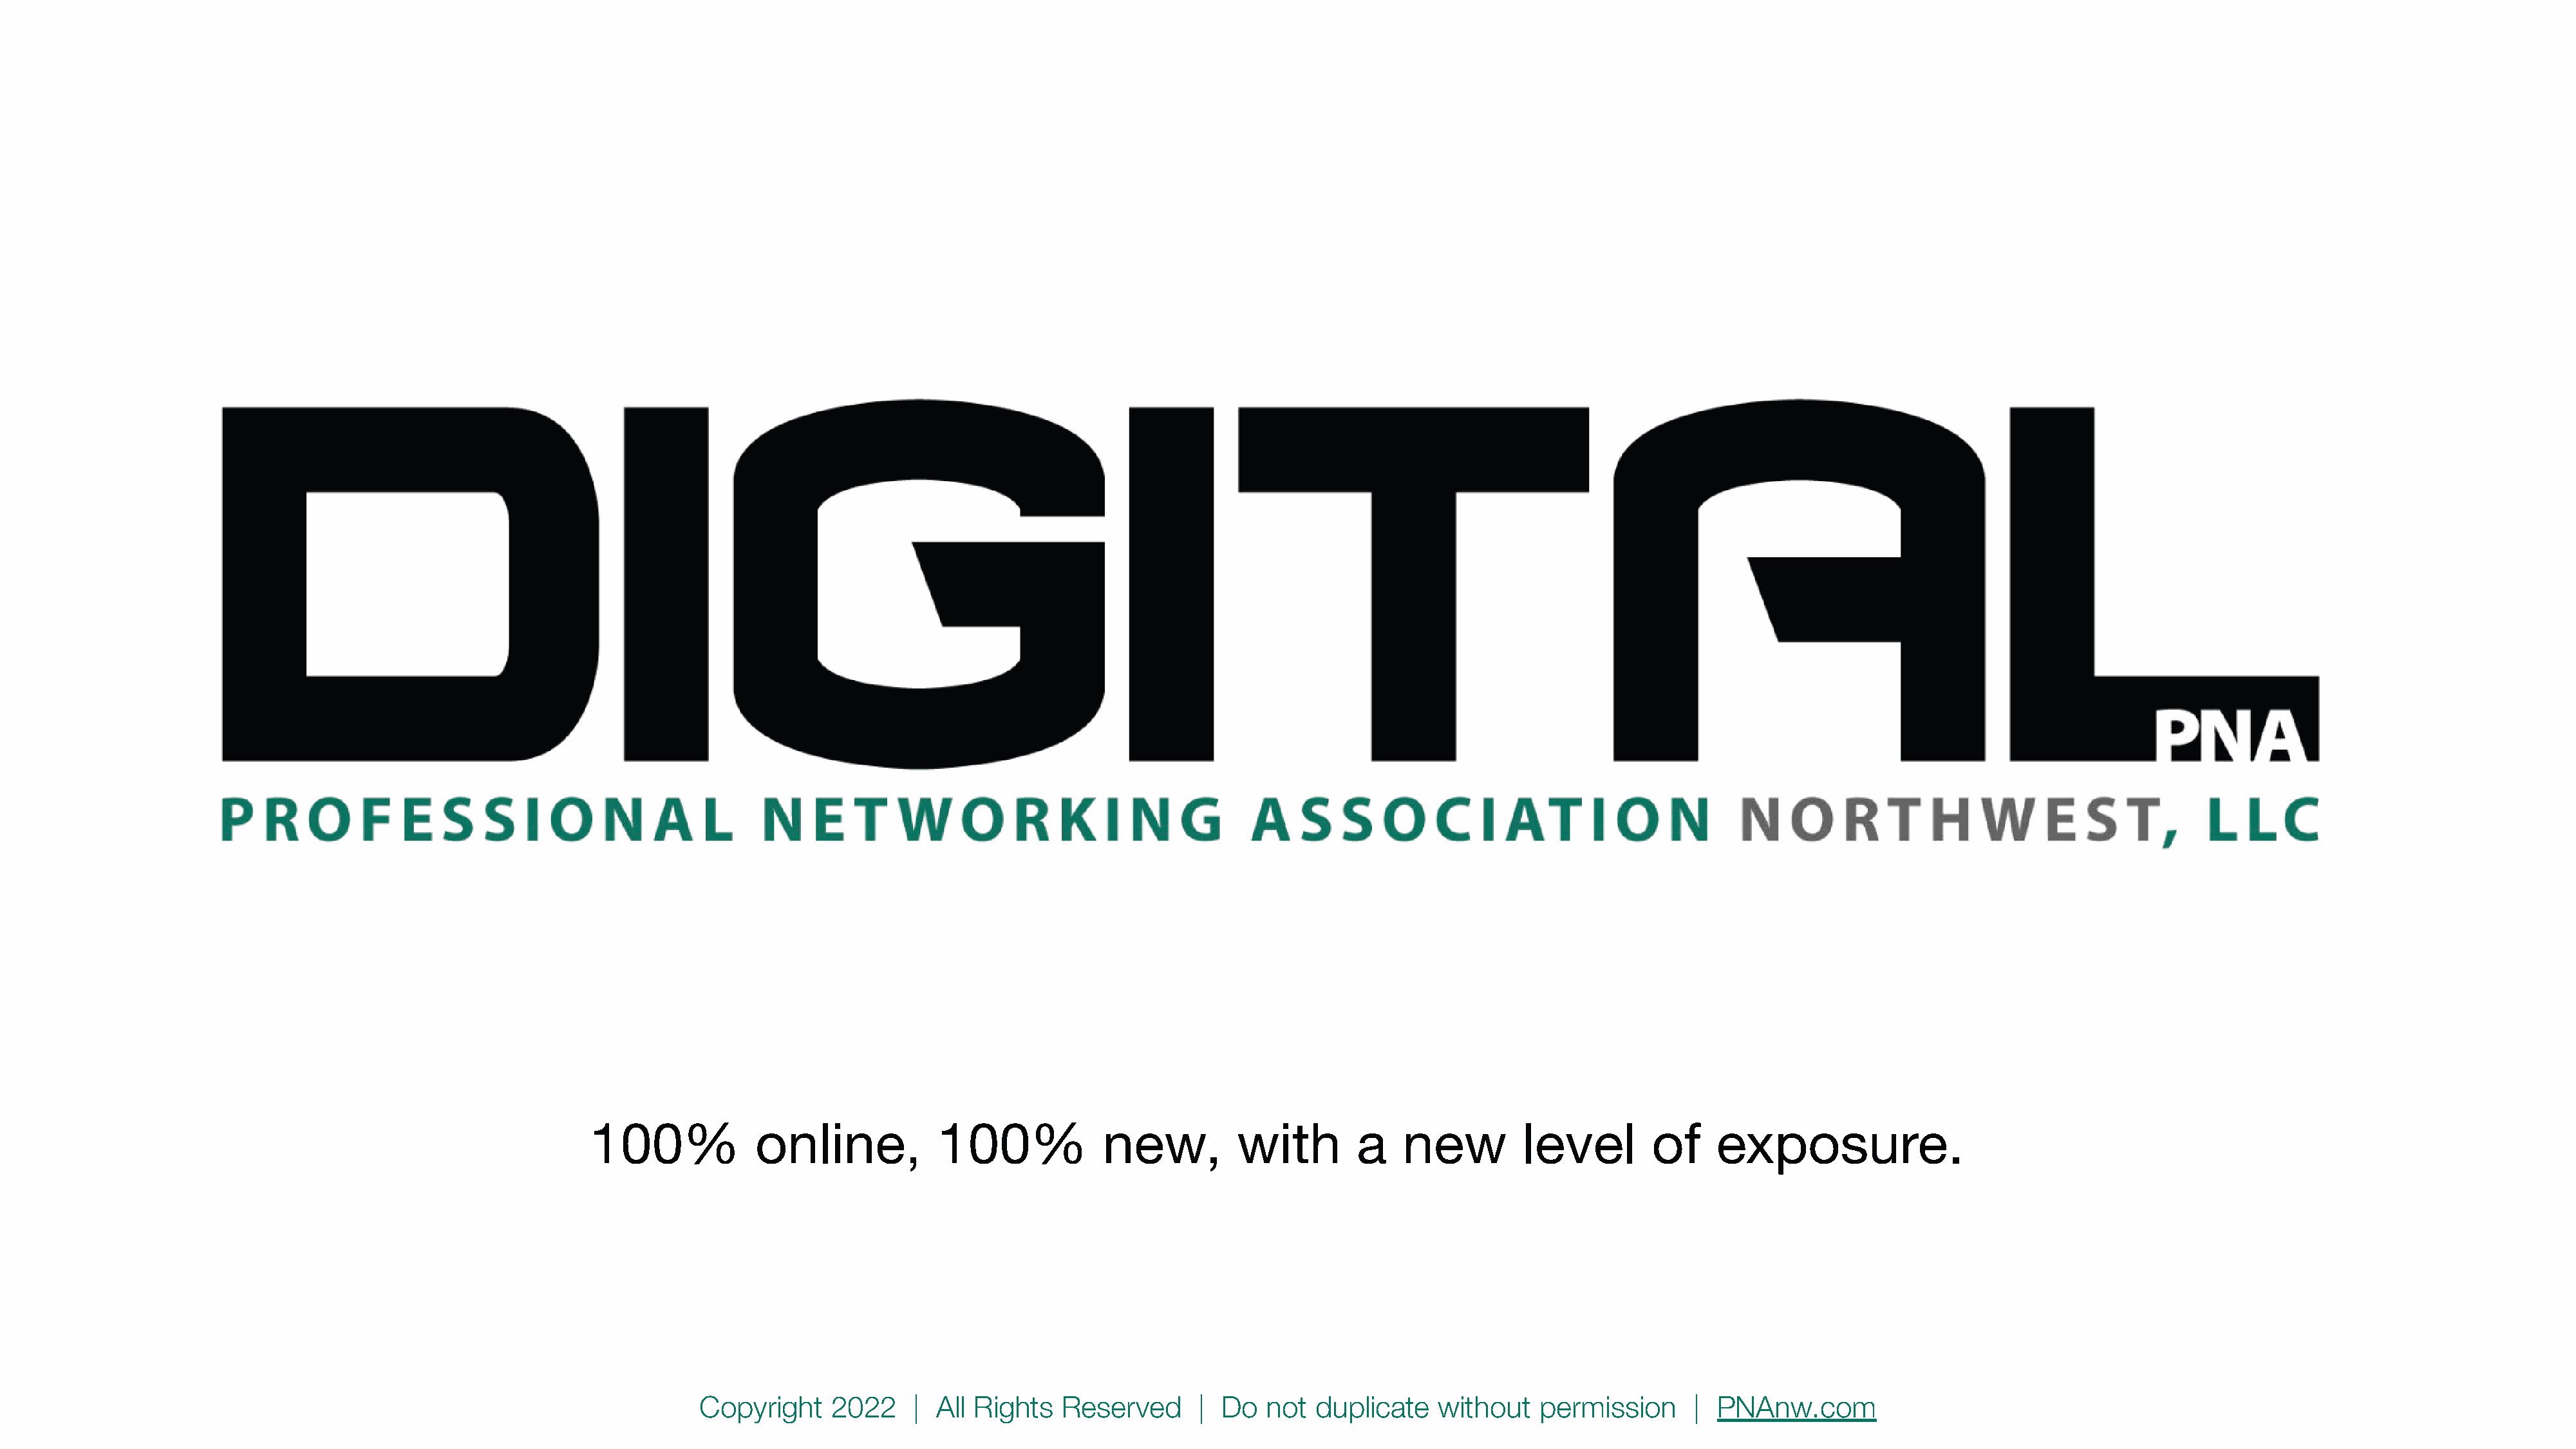
100%             online,           100%             new,          with        a    new          level        of    exposure.
 Copyright    2022     | All Rights   Reserved      |  Do  not  duplicate    without   permission      |  PNAnw.com